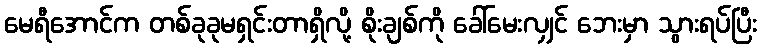
မေရီအောင်က တစ်ခုခုမရှင်းတာရှိလို့ စိုးချစ်ကို ခေါ်မေးလျှင် ဘေးမှာ သွားရပ်ပြီး